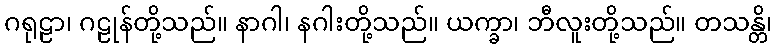
ဂရုဠာ၊ ဂဠုန်တို့သည်။ နာဂါ၊ နဂါးတို့သည်။ ယက္ခာ၊ ဘီလူးတို့သည်။ တသန္တိ၊